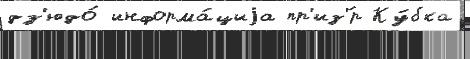
дз'юдо́ информа́циjа пр'из'́р Ку́бка